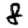
Digit: 8